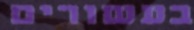
בעשורים